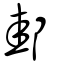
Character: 郌